system: You are a helpful assistant.
user:
Analyze the provided spectrum to determine if it is a **"Cataclysmic Variables (CV)"**.

- **Key Indicators for CV (Check for either state):**
    - **State 1: Quiescent / Low-State (Emission-Dominated)**
        - **(Primary):** Strong and *very broad* Hydrogen Balmer emission lines (e.g., $H\alpha$ at 6563 Å, $H\beta$ at 4861 Å). The 'broadness' (high velocity dispersion, often FWHM > 1000 km/s) is the key diagnostic, indicating a high-velocity accretion disk.
        - **(Secondary):** Broad neutral Helium (He I) emission lines (e.g., 5876 Å, 6678 Å).
        - **(Key Confirmation):** Presence of high-excitation *ionized* Helium (He II) emission at 4686 Å. This is a strong indicator of accretion onto a white dwarf.
        - **(Line Profile):** Emission lines may exhibit a 'double-peaked' profile, which is a classic signature of a rotating accretion disk viewed at high inclination.

    - **State 2: Outburst / High-State (Absorption-Dominated)**
        - **(Primary):** Spectrum is dominated by a bright, blue continuum (looks like a hot star).
        - **(Secondary):** The emission lines from State 1 are weak, absent, or 'filled in', and are replaced by broad, shallow *absorption* lines (primarily Balmer and He I).
        - **(Morphology):** The overall spectrum mimics a hot B/A-type star. The crucial difference is that the absorption lines are significantly broader, shallower, and more 'washed-out' (or 'smeared') than the sharp lines of a normal stellar photosphere, due to high rotational speeds and pressure broadening in the disk.

Think first, call **spectral_visualization_tool** if needed to examine features in detail, then provide your final answer. Your response must adhere to the following strict rules:
1.  **Overall Structure:** Your response must follow the format `<think>...</think> <tool_call>...</tool_call> (if a tool is used) <answer>...</answer>`.
2.  **Tool Usage Constraint:** You may only make **one** tool call per turn.
3.  **Final Answer Format:** In the `<answer>` tag, your conclusion must be inside a `\boxed{}` command (e.g., `\boxed{YES}`), followed by your justification.

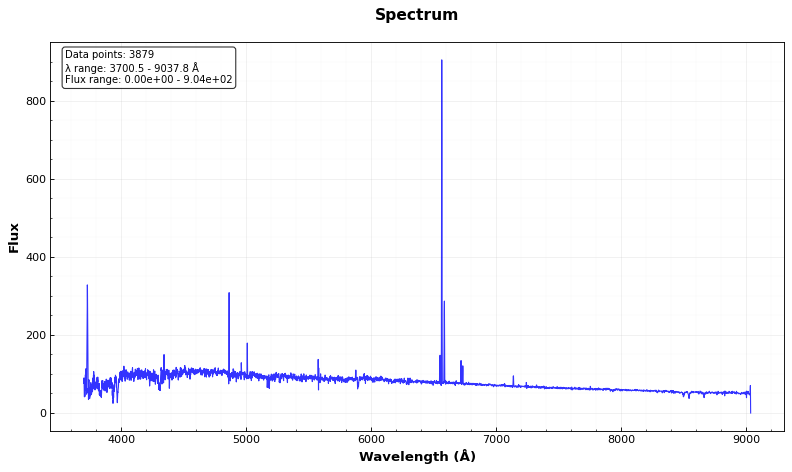
Answer: NO